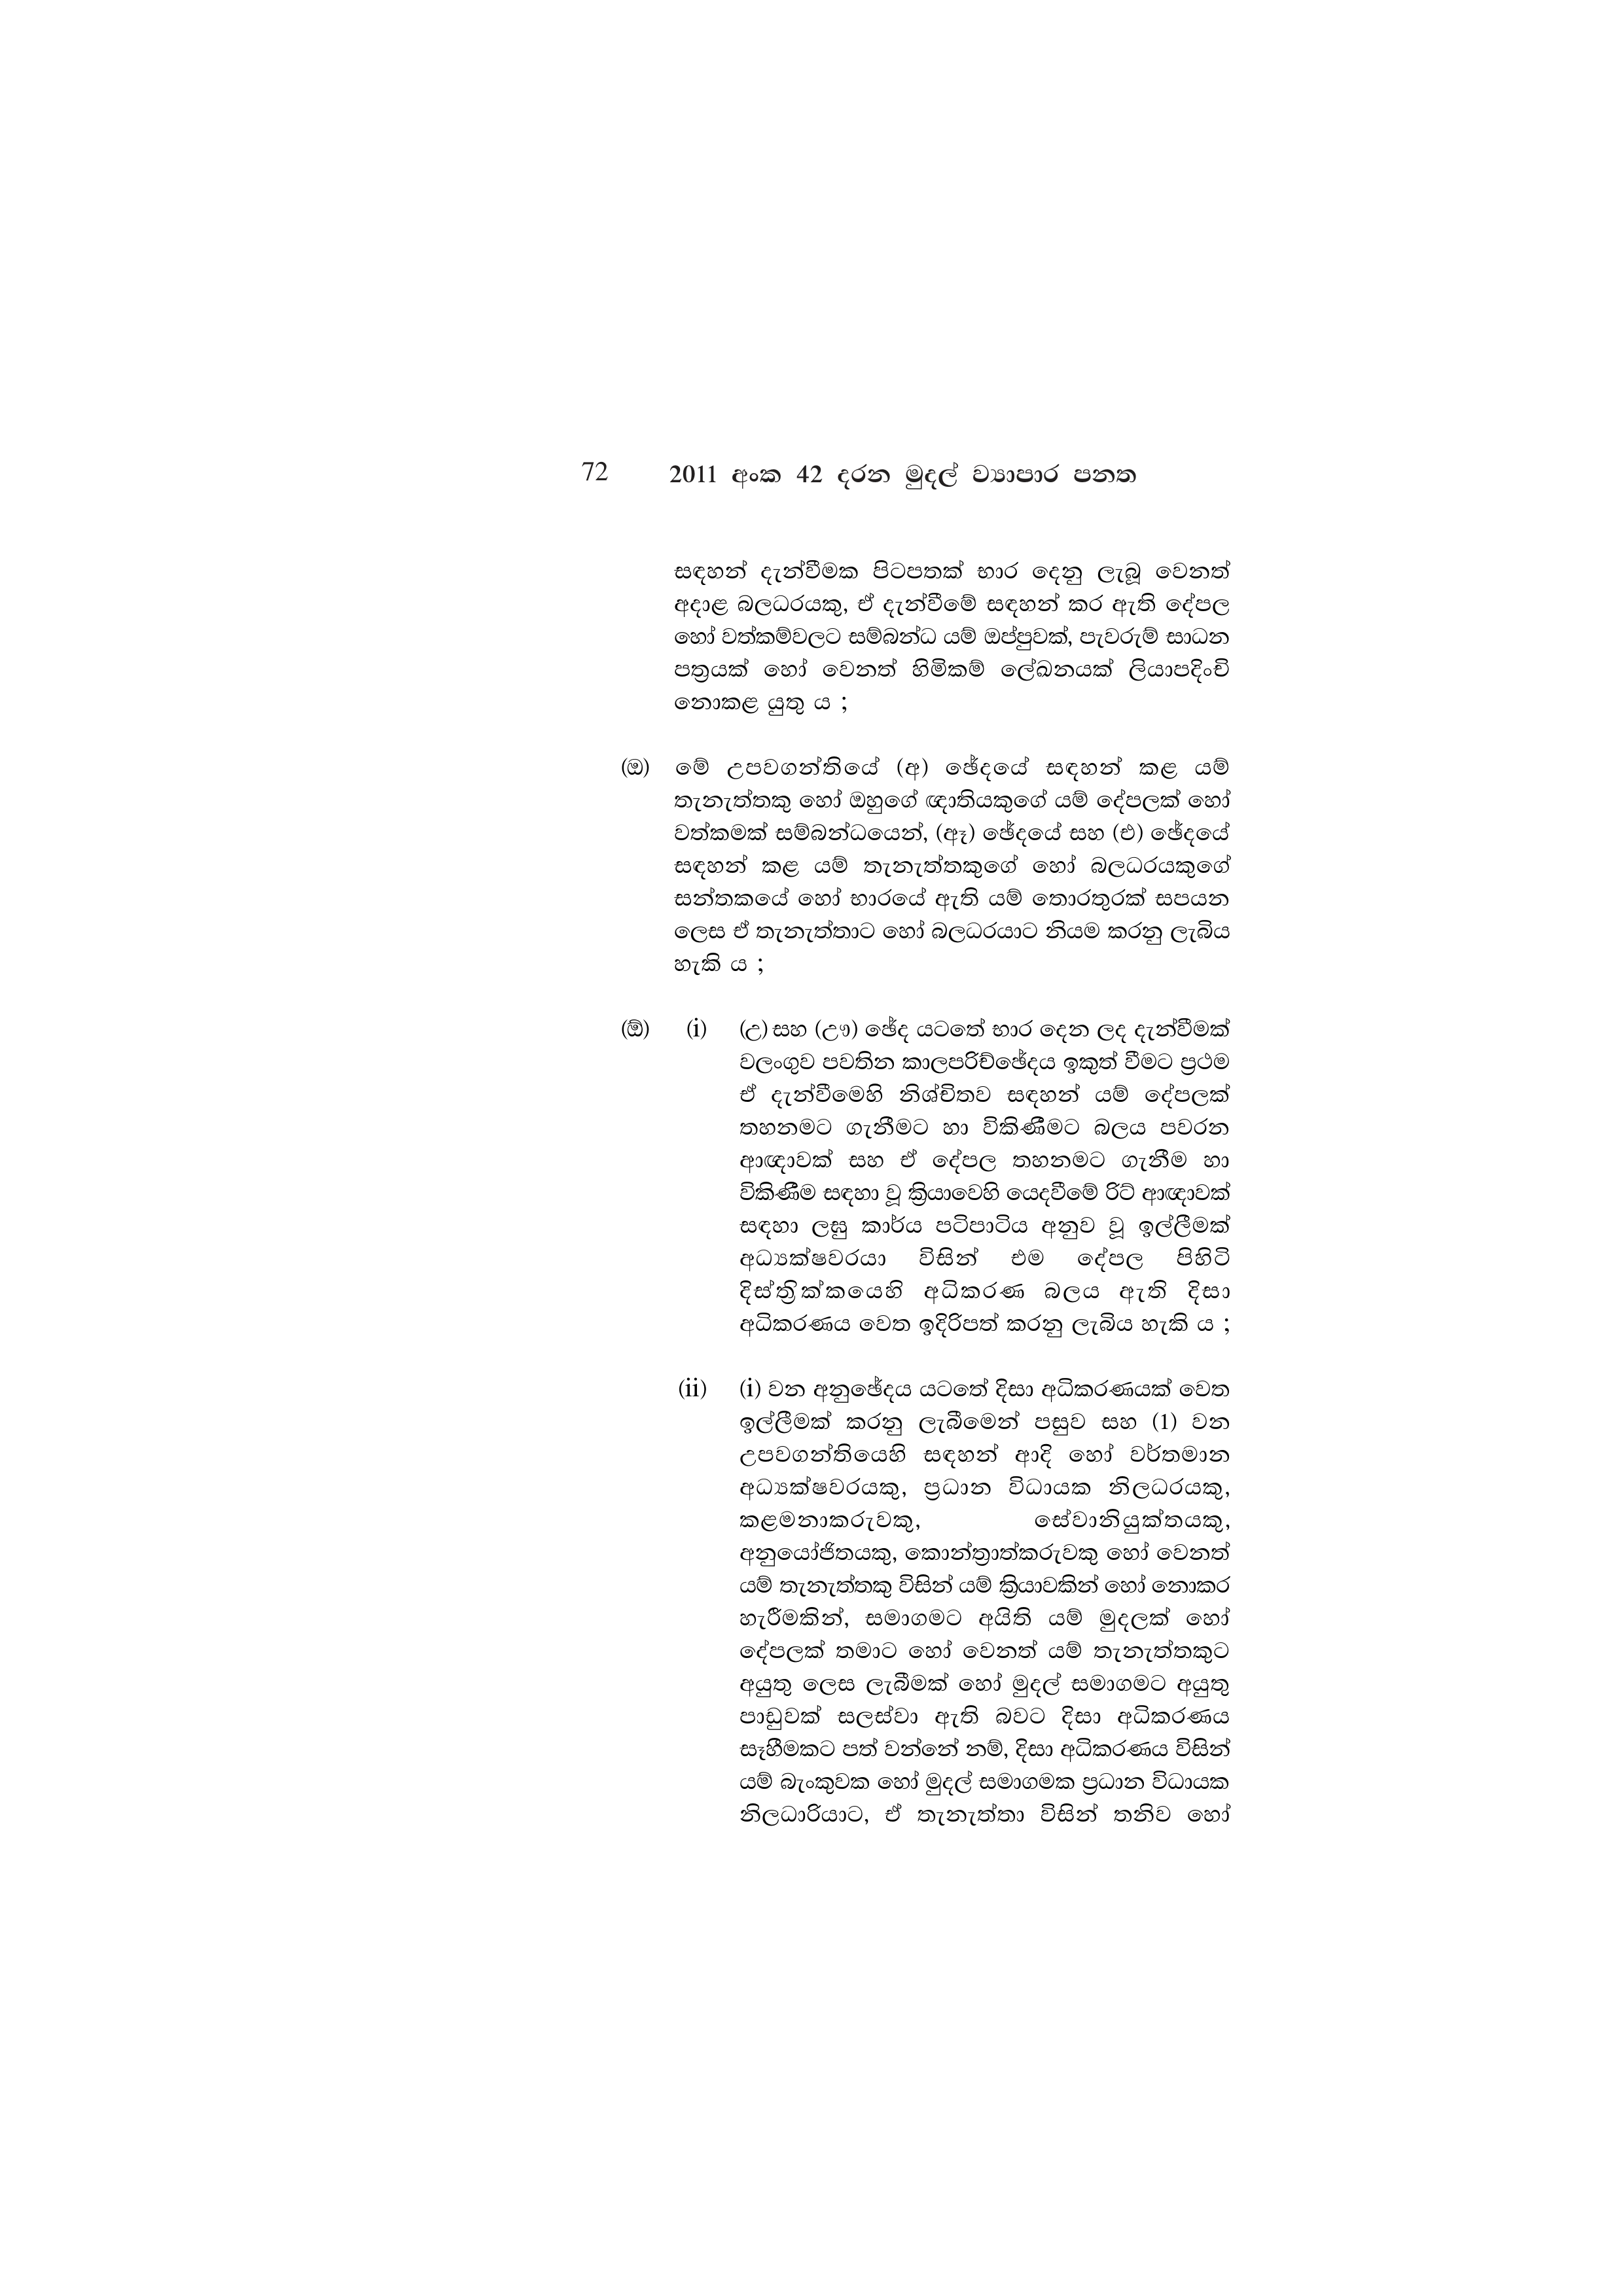
72 2011 අංක 42 දරන මුදල් ව්‍යාපාර පනත

සඳහන් දැන්වීමක පිටපතක් භාර දෙනු ලැබූ වෙනත්
අදාළ බලධරයකු, ඒ දැන්වීමේ සඳහන් කර ඇති දේපල
හෝ වත්කම්වලට සම්බන්ධ යම් ඔප්පුවක්, පැවරුම් සාධන
පත්‍රයක් හෝ වෙනත් හිමිකම් ලේඛනයක් ලියාපදිංචි
නොකළ යුතු ය ;

(ඔ) මේ උපවගන්තියේ (අ) ඡේදයේ සඳහන් කළ යම්
තැනැත්තකු හෝ ඔහුගේ ඥාතියකුගේ යම් දේපලක් හෝ
වත්කමක් සම්බන්ධයෙන්, (ඈ) ඡේදයේ සහ (එ) ඡේදයේ
සඳහන් කළ යම් තැනැත්තකුගේ හෝ බලධරයකුගේ
සන්තකයේ හෝ භාරයේ ඇති යම් තොරතුරක් සපයන
ලෙස ඒ තැනැත්තාට හෝ බලධරයාට නියම කරනු ලැබිය
හැකි ය ;

(ඕ) (i) (උ) සහ (ඌ) ඡේද යටතේ භාර දෙන ලද දැන්වීමක්
වලංගුව පවතින කාලපරිච්ඡේදය ඉකුත් වීමට ප්‍රථම
ඒ දැන්වීමෙහි නිශ්චිතව සඳහන් යම් දේපලක්
තහනමට ගැනීමට හා විකිණීමට බලය පවරන
ආඥාවක් සහ ඒ දේපල තහනමට ගැනීම හා
විකිණීම සඳහා වූ ක්‍රියාවෙහි යෙදවීමේ රිට් ආඥාවක්
සඳහා ලඝු කාර්ය පටිපාටිය අනුව වූ ඉල්ලීමක්
අධ්‍යක්ෂවරයා විසින් එම දේපල පිහිටි
දිස්ත්‍රික්කයෙහි අධිකරණ බලය ඇති දිසා
අධිකරණය වෙත ඉදිරිපත් කරනු ලැබිය හැකි ය ;

(ii) (i) වන අනුඡේදය යටතේ දිසා අධිකරණයක් වෙත
ඉල්ලීමක් කරනු ලැබීමෙන් පසුව සහ (1) වන
උපවගන්තියෙහි සඳහන් ආදි හෝ වර්තමාන
අධ්‍යක්ෂවරයකු, ප්‍රධාන විධායක නිලධරයකු,
කළමනාකරුවකු, සේවානියුක්තයකු,
අනුයෝජිතයකු, කොන්ත්‍රාත්කරුවකු හෝ වෙනත්
යම් තැනැත්තකු විසින් යම් ක්‍රියාවකින් හෝ නොකර
හැරීමකින්, සමාගමට අයිති යම් මුදලක් හෝ
දේපලක් තමාට හෝ වෙනත් යම් තැනැත්තකුට
අයුතු ලෙස ලැබීමක් හෝ මුදල් සමාගමට අයුතු
පාඩුවක් සලස්වා ඇති බවට දිසා අධිකරණය
සෑහීමකට පත් වන්නේ නම්, දිසා අධිකරණය විසින්
යම් බැංකුවක හෝ මුදල් සමාගමක ප්‍රධාන විධායක
නිලධාරියාට, ඒ තැනැත්තා විසින් තනිව හෝ